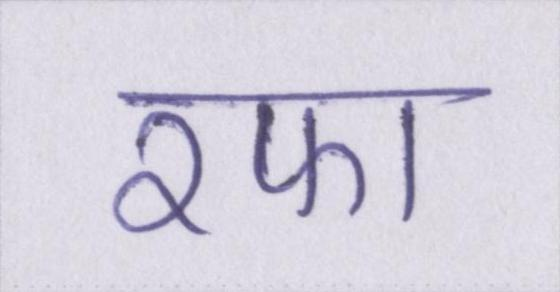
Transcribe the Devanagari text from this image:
रफा